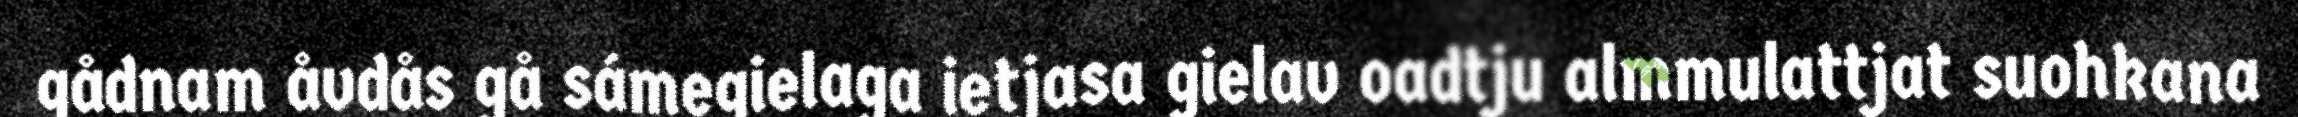
gådnam åvdås gå sámegielaga ietjasa gielav oadtju almmulattjat suohkana